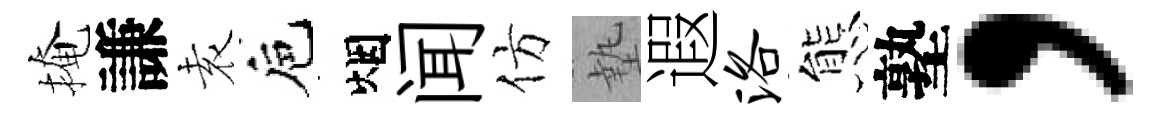
掩謙𡊮巵烟闻仿墊遐洛態塾，